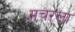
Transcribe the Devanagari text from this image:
मचरला